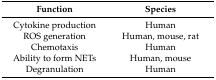
<table><thead><tr><td><b>Function</b></td><td><b>Species</b></td></tr></thead><tbody><tr><td>Cytokine production</td><td>Human</td></tr><tr><td>ROS generation</td><td>Human, mouse, rat</td></tr><tr><td>Chemotaxis</td><td>Human</td></tr><tr><td>Ability to form NETs</td><td>Human, mouse</td></tr><tr><td>Degranulation</td><td>Human</td></tr></tbody></table>